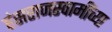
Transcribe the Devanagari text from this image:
हंसराजस्वामींच्या